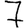
Digit: 7